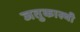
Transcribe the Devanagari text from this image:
जतुकास्थी